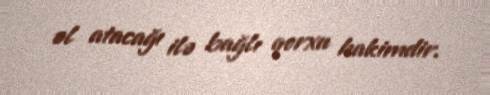
əl atacağı ilə bağlı qorxu hakimdir.